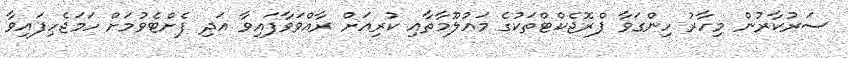
ސަރުކާރުން މިހާރު ހިންގަވާ ޕްރޮޖެކްޓްތަކުގެ މަޢުލޫމާތާއި ކުރިއަށް ރާއްވަވާފައިވާ އަދި ފެށްޓެވުމަށް ހަމަޖެހިފައިވާ